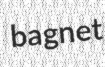
bagnet